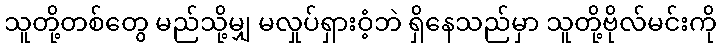
သူတို့တစ်တွေ မည်သို့မျှ မလှုပ်ရှားဝံ့ဘဲ ရှိနေသည်မှာ သူတို့ဗိုလ်မင်းကို